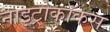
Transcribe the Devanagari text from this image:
नाइट्रोकॉकस